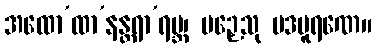
အထော’ထာ’နန္တရာ’ရမ္ဘ၊ ပဉှေသု ပဒပူရဏေ။